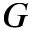
G